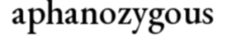
aphanozygous